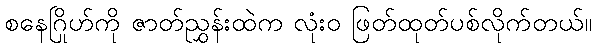
စနေဂြိုဟ်ကို ဇာတ်ညွှန်းထဲက လုံးဝ ဖြတ်ထုတ်ပစ်လိုက်တယ်။